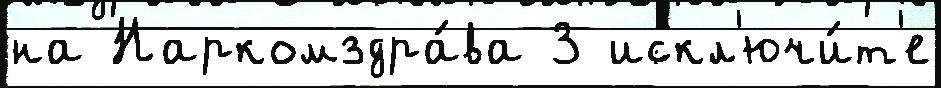
на Наркомздра́ва 3 искл'ючи́т'е